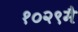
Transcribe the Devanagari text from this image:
१०२९मै